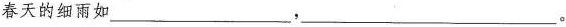
春天的细雨如___，___。